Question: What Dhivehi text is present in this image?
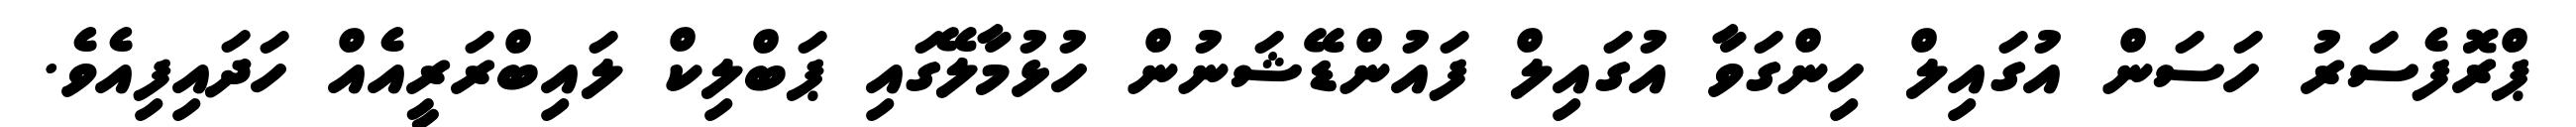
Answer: ޕްރޮފެސަރު ހަސަން އުގައިލް ހިންގަވާ އުގައިލް ފައުންޑޭޝަނުން ހުޅުމާލޭގައި ޕަބްލިކް ލައިބްރަރީއެއް ހަދައިފިއެވެ.